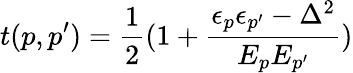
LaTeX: t(p,p^{\prime})=\frac{1}{2}(1+\frac{\epsilon_{p}\epsilon_{p^{\prime}}-\Delta^{2}}{E_{p}E_{p^{\prime}}})